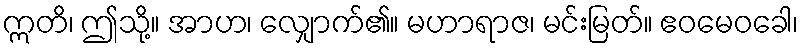
ဣတိ၊ ဤသို့။ အာဟ၊ လျှောက်၏။ မဟာရာဇ၊ မင်းမြတ်။ ဧဝမေဝခေါ၊